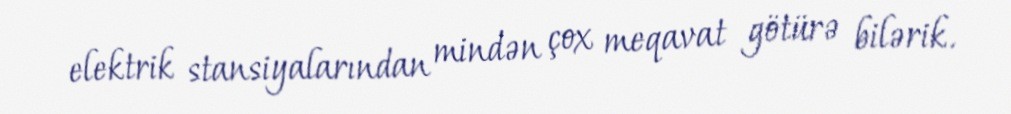
elektrik stansiyalarından mindən çox meqavat götürə bilərik.